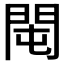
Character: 𨳘